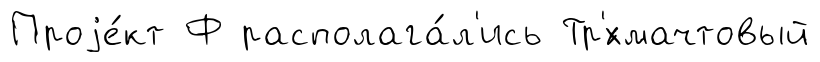
Проjе́кт Ф располага́л'ись Тр'́хмачтовый